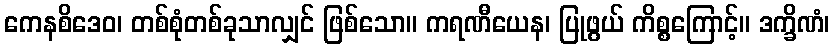
ကေနစိဒေဝ၊ တစ်စုံတစ်ခုသာလျှင် ဖြစ်သော။ ကရဏီယေန၊ ပြုဖွယ် ကိစ္စကြောင့်။ ဒက္ခိဏံ၊